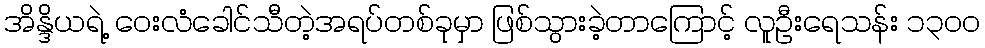
အိန္ဒိယရဲ့ ဝေးလံခေါင်သီတဲ့အရပ်တစ်ခုမှာ ဖြစ်သွားခဲ့တာကြောင့် လူဦးရေသန်း ၁၃၀၀